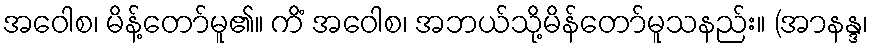
အဝေါစ၊ မိန့်တော်မူ၏။ ကိံ အဝေါစ၊ အဘယ်သို့မိန်တော်မူသနည်း။ (အာနန္ဒ၊